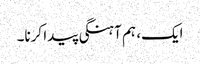
ایک، ہم آہنگی پیدا کرنا۔